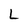
Character: L